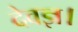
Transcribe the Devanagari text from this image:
देवज्ञ।